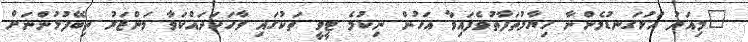
"މިއަދު އަޅުގަނޑުމެންނާ ހިޔާލުތަފާތުވެފައިވާ އަހުން ނިކުމެ ޓީވީ ތަކުގައި ވާހަކަދައްކަވާ މަންޒަރު ތިބޭފުޅުންނަށް